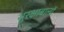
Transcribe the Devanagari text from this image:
सुरक्षाबालों